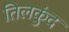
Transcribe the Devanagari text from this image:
तिलकुंद